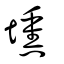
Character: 壎